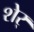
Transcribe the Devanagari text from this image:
शेर्